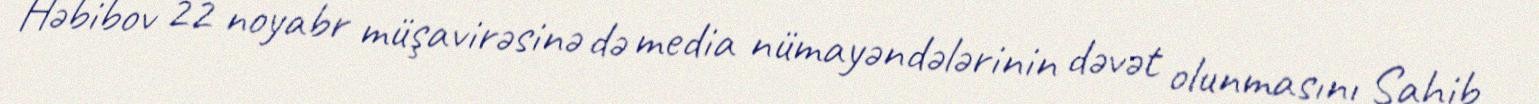
Həbibov 22 noyabr müşavirəsinə də media nümayəndələrinin dəvət olunmasını Sahib